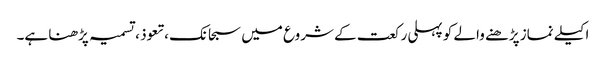
اکیلے نماز پڑھنے والے کو پہلی رکعت کے شروع میں سبحانک ،تعوذ ، تسمیہ پڑھنا ہے۔